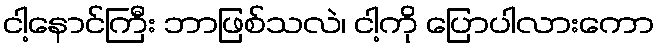
ငါ့နောင်ကြီး ဘာဖြစ်သလဲ၊ ငါ့ကို ပြောပါလားကော